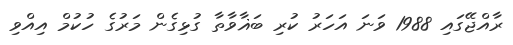
ރާއްޖޭގައި 1988 ވަނަ އަހަރު ކުރި ބަޣާވާތާ ގުޅިގެން މަރުގެ ހުކުމް އިއްވި